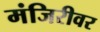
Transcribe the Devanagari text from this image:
मंजिरीवर